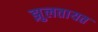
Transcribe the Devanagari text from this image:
झुलतायत